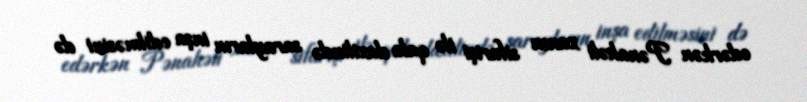
edərkən Pənahəli xanın sifarişi ilə qala daxilində sarayların inşa edilməsini də